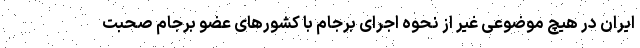
ایران در هیچ موضوعی غیر از نحوه اجرای برجام با کشورهای عضو برجام صحبت